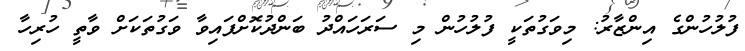
ފުލުހުންގެ އިންޒާރު: މިވަގުތަކީ ފުލުހުން މި ސަރަހައްދު ބަންދުކޮށްފައިވާ ވަގުތަކަށް ވާތީ ހުރިހާ